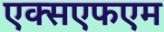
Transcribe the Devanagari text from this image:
एक्सएफएम